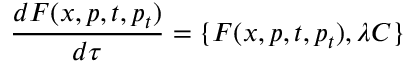
{ \frac { d F ( x , p , t , p _ { t } ) } { d \tau } } = \{ F ( x , p , t , p _ { t } ) , \lambda C \}